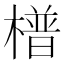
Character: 𣚴